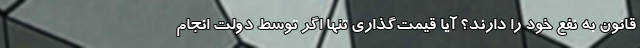
قانون به نفع خود را دارند؟ آیا قیمت‌گذاری تنها اگر توسط دولت انجام